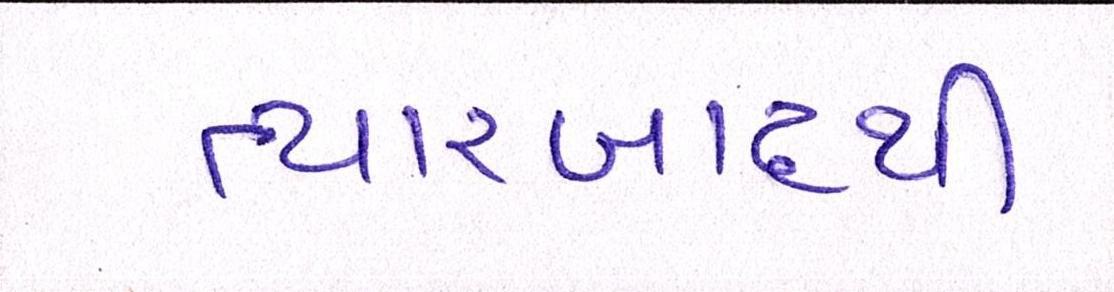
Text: ત્યારબાદથી